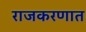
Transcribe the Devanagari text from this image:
राजकरणात